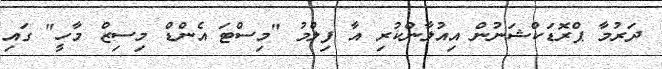
ދަރުމާ ޕްރޮޑަކްޝަނުން އިއުލާންކުރި އާ ފިލްމު "މިސްޓަ އެންޑް މިސިޒް މާހީ" ގައި